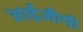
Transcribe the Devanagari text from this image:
आईजीपी